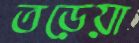
তড়েয়া